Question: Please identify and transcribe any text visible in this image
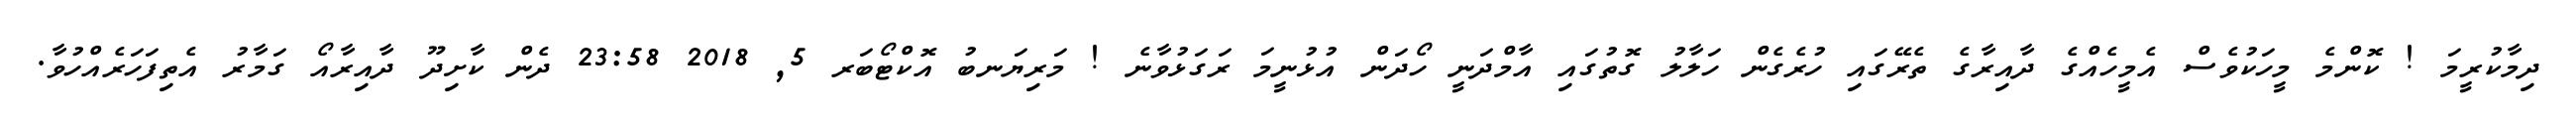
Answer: ދިމާކުރީމަ ! ކޮންމެ މީހަކުވެސް އެމީހެއްގެ ދާއިރާގެ ތެރޭގައި ހުރެގެން ހަލާލު ގޮތުގައި އާމްދަނީ ހޯދަން އުޅުނީމަ ރަގަޅުވާނެ ! މަރިޔަނބު އޮކްޓޯބަރ 5, 2018 23:58 ދެން ކާށިދޫ ދާއިރާއޯ ގަމާރު އެތިފަހަރެއްހުވާ.